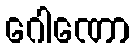
ဂေါဏော